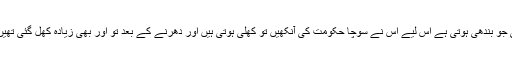
انصاف کی دیوی کی آنکھوں پر پٹی جو بندھی ہوتی ہے اس لیے اس نے سوچا حکومت کی آنکھیں تو کھلی ہوتی ہیں اور دھرنے کے بعد تو اور بھی زیادہ کھل گئی تھیں اس لیے ان کو نظر صاف آتا ہے ۔